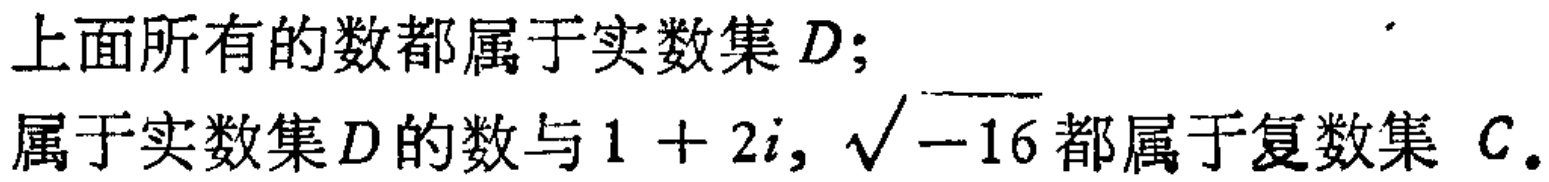
上面所有的数都属于实数集 \(D\);

属于实数集 \(D\)的数与 \(1 + 2i, \sqrt{-16}\)都属于复数集 \(C\)。